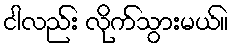
ငါလည်း လိုက်သွားမယ်။